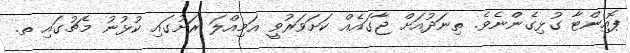
ޕޮއިންޓާ ގުޅިގެންނެވެ. ތިނަދުއަށް ޖާގައެއް ކަށަވަރުވީ އަމިއްލަ ރަށުގައި ކުޅުނު މެޗުގައި ތ.